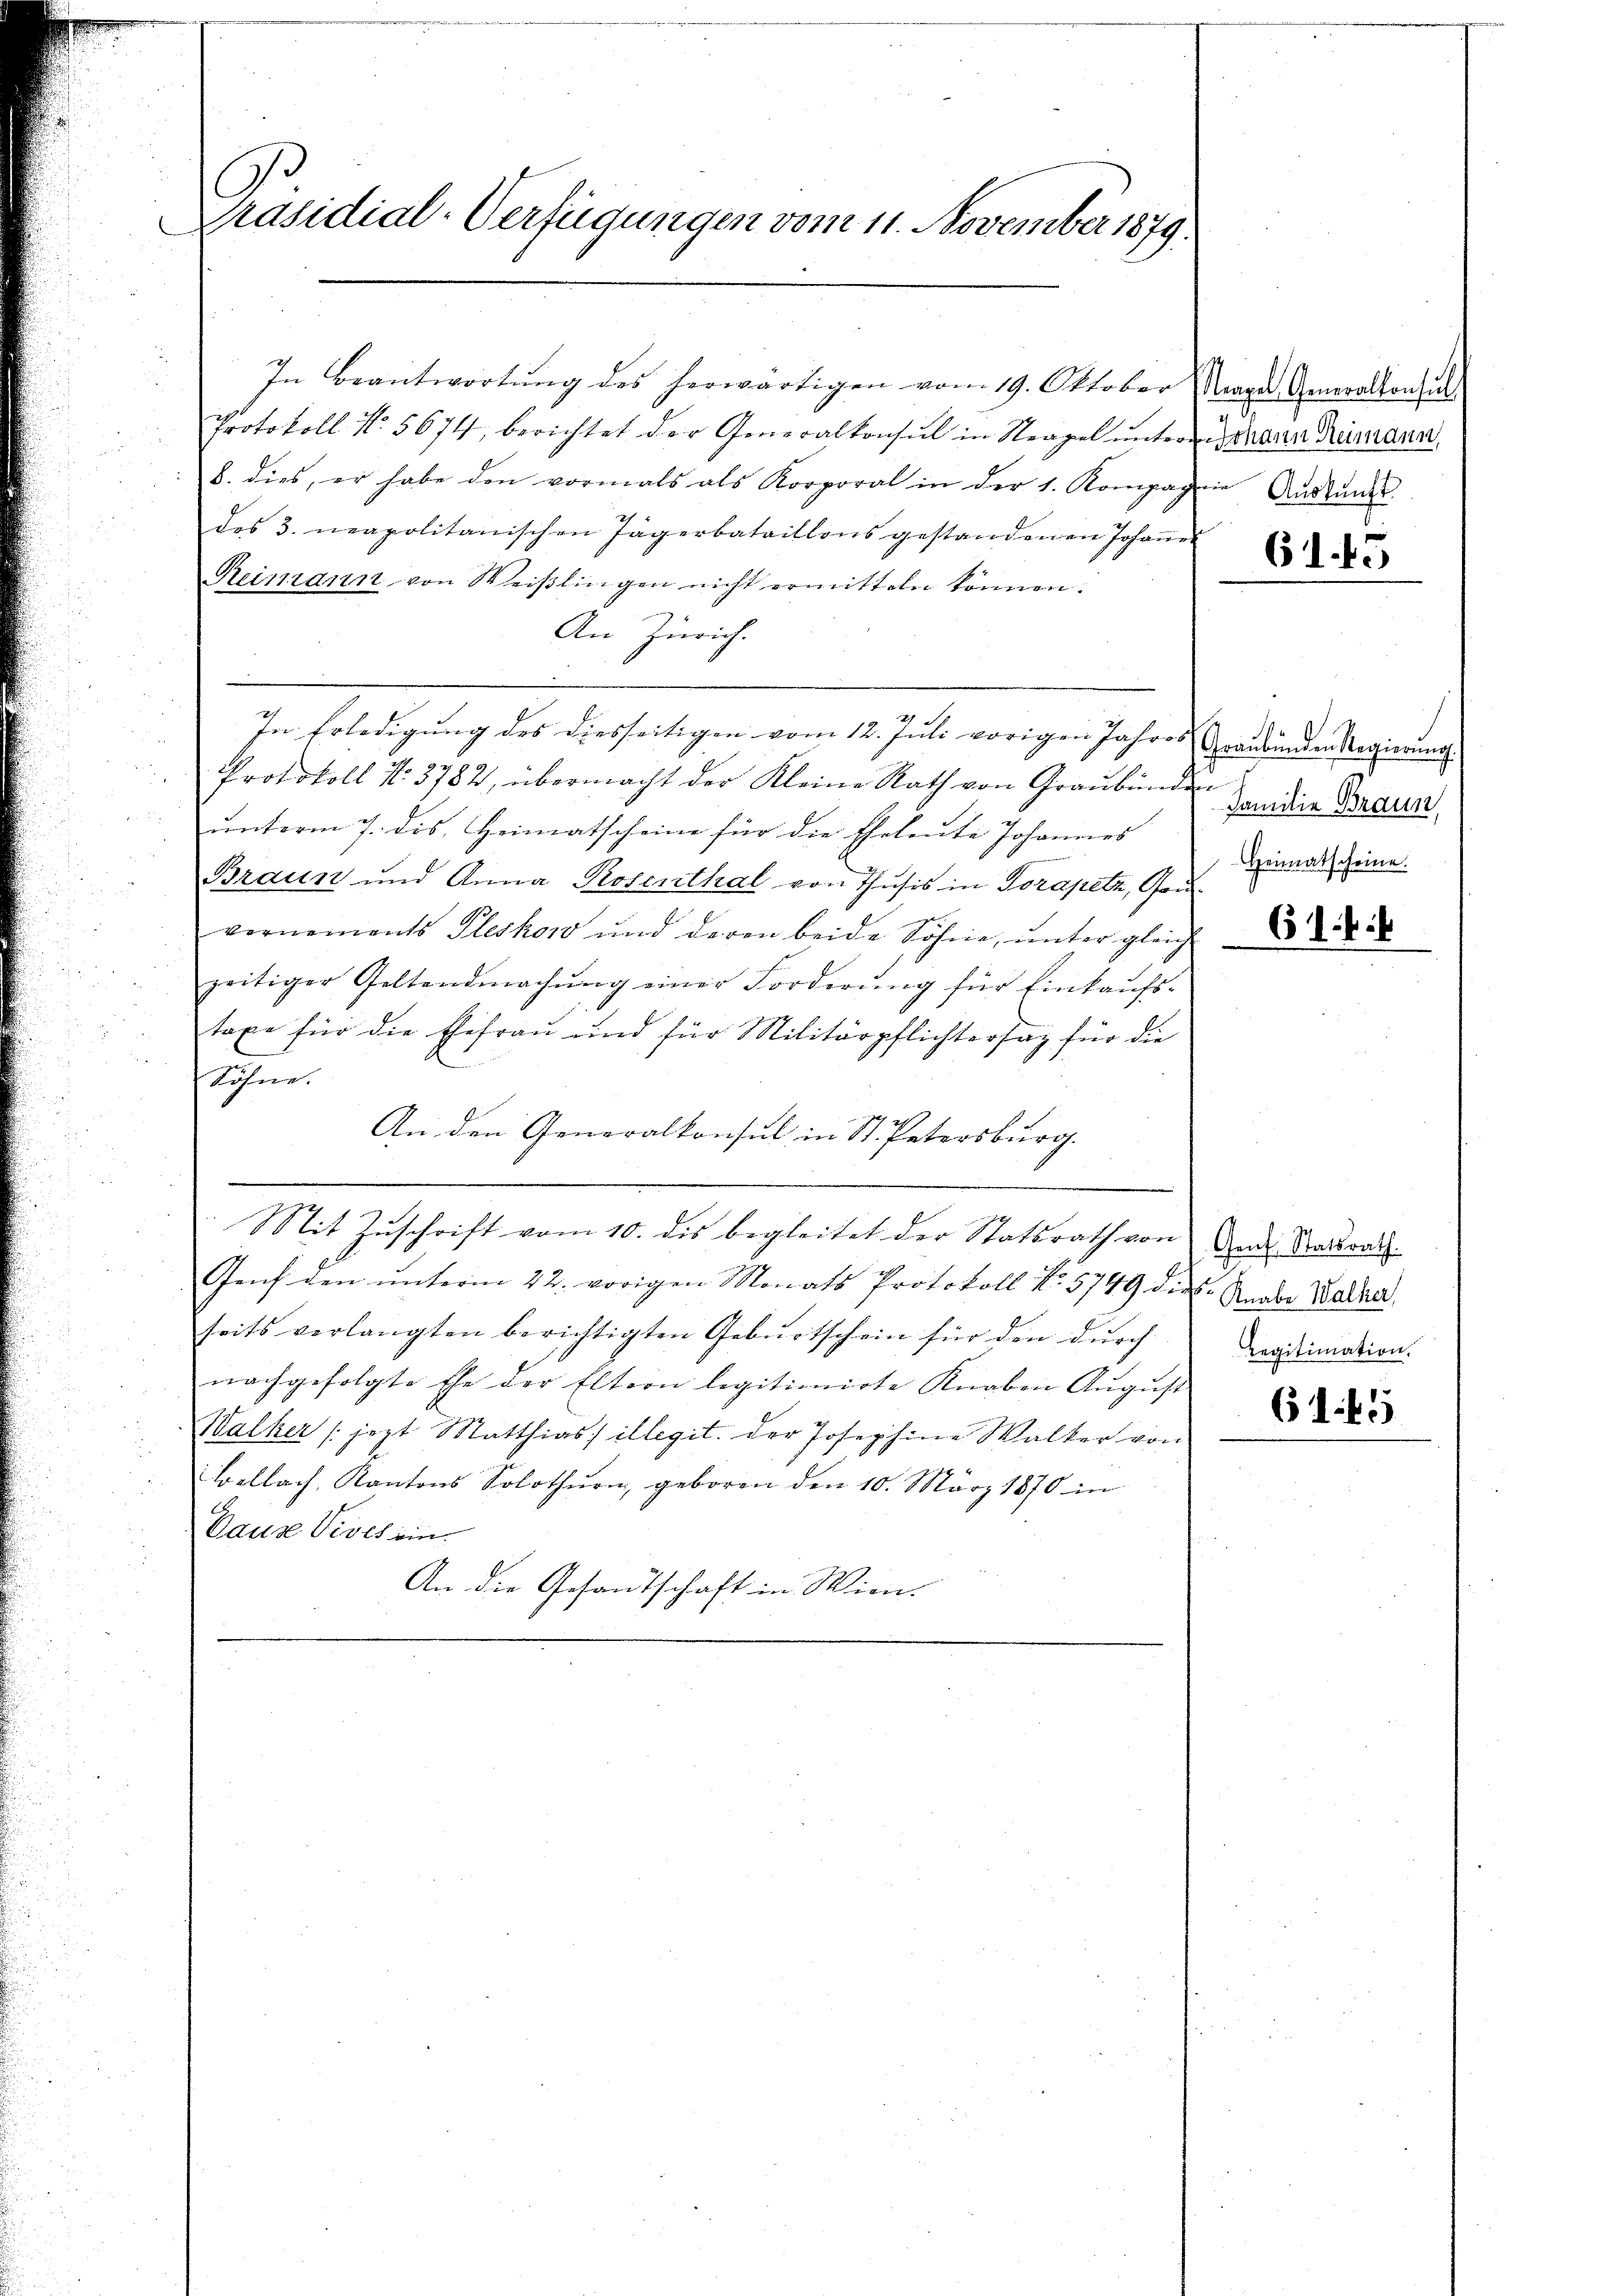
Präsidial-Verfügungen vom 11. November 1879.

In Beantwortŭng des herwärtigen vom 19. Oktober
Protokoll No 5674, berichtet der Generalkonsul in Stragel unteres den Rumann
8. dies, er habe den vormals als Korporal in der 1. Kompagnie Aŭszŭnd
des 3. neapolitanischen Jägerbataillons gestandenen Johannes
Reimann von Weißlingen nicht ermitteln können.
An Zürich.
In Erledigung des diesseitigen vom 12. Juli vorigen Jahres Graubünden Regierung
Protokoll No. 3782, übermacht der Kleine Rath von Graubünden die Braun,
unterm 7. dis, Heimatscheine für die Eheleute Johannes
Braun und Anna Rosenthal von Thusis in Torapetz, Gouvornements Pleskow und deren beide Söhne, unter gleich
zeitiger Geltendmachŭng einer Forderŭng für Einkaŭfs-
taxe für die Ehefrau und für Militärpflichtersatz für die
Söhne.
An den Generalkonsul in St. Petersburg.
Mit Zuschrift vom 10. dis begleitet der Statsrath von Ende Stadtrath
Genf den ŭnterm 22. vorigen Monats Protokoll No 5749 die Knabe Waltha
seits verlangten berichtigten Geburtschein für den durch
nachgefolgte Ehe der Eltern legitimirte Knaben Aŭgŭst
Walker (jezt Matthias illegit. der Josephine Walker von
Bellach, Kantons Solothurn, geboren den 10. März 1870 in
Pause Vives ein
An die Gesandschaft in Wien-

Nagel Generalkonsul

61.

5

Heimatscheine.

614

Legitimation.

61.45